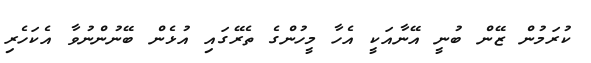
ކުރަމުން ޒޭން ބުނީ އޭނާއަކީ އެހާ މީހުންގެ ތެރޭގައި އުޅެން ބޭނުންނުވާ އެކަހެރި